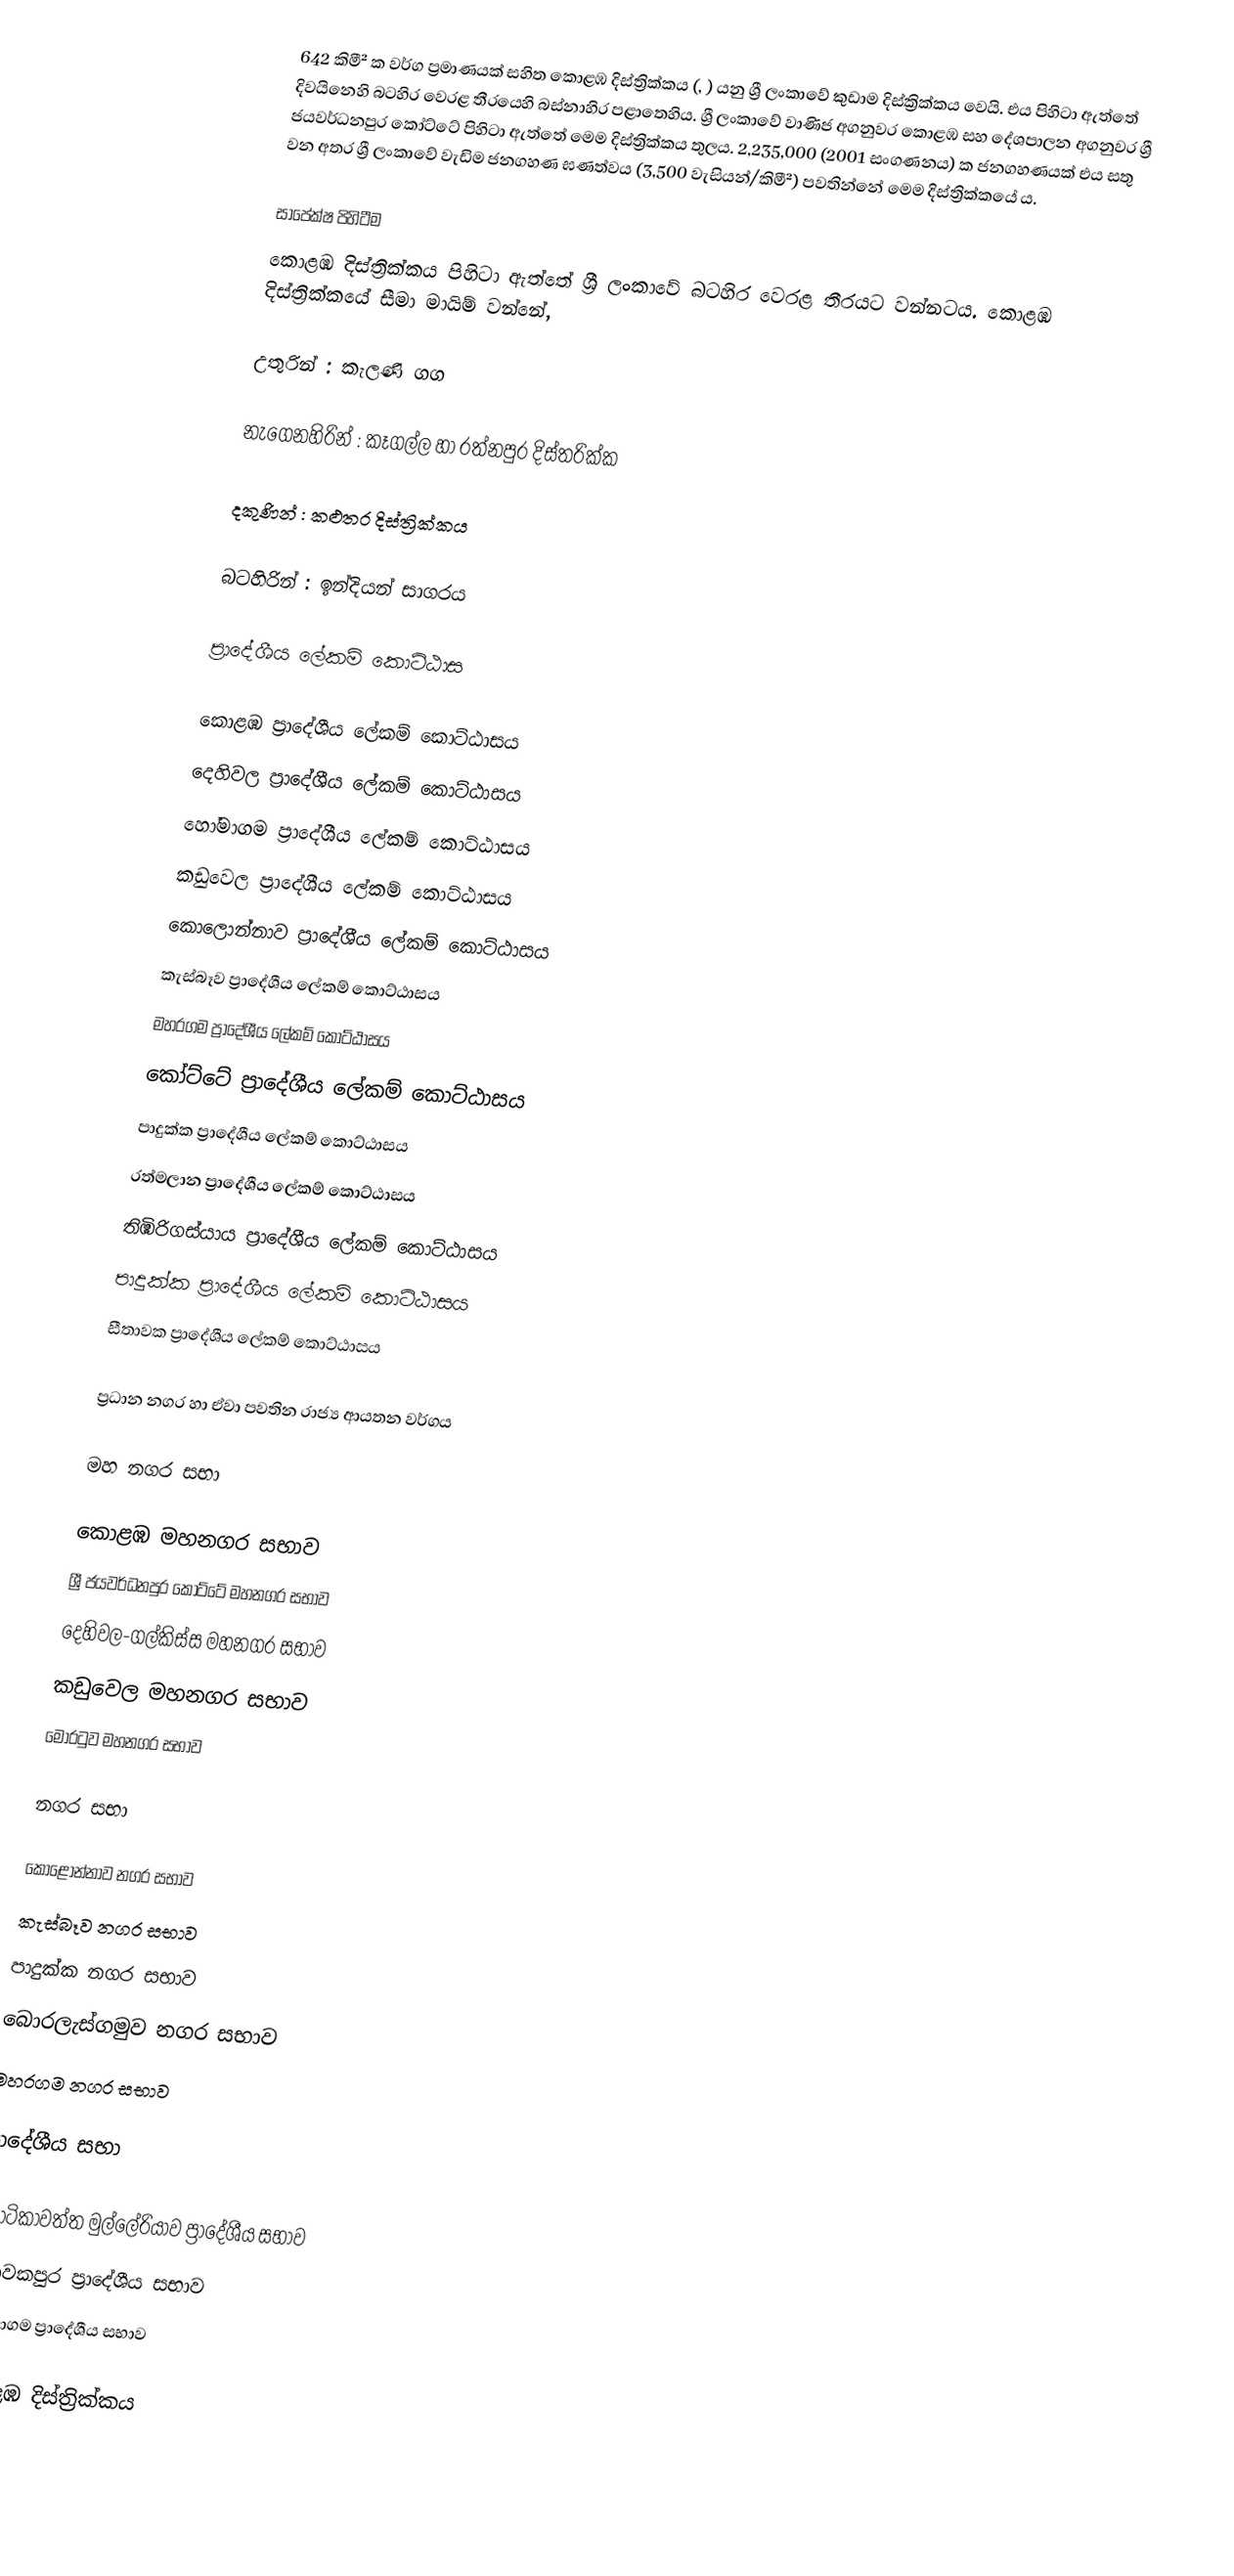
642 කිමී² ක වර්ග ප්‍රමාණයක් සහිත කොළඹ දිස්ත්‍රික්කය (, ) යනු ශ්‍රී ලංකාවේ කුඩාම දිස්ක්‍රික්කය වෙයි. එය පිහිටා ඇත්තේ දිවයිනෙහි බටහිර වෙරළ තීරයෙහි  බස්නාහිර පළාතෙහිය.  ශ්‍රී ලංකාවේ වාණිජ අගනුවර  කොළඹ සහ දේශපාලන අගනුවර ශ්‍රී ජයවර්ධනපුර කෝට්ටේ පිහිටා ඇත්තේ මෙම දිස්ත්‍රික්කය තුලය. 2,235,000 (2001 සංගණනය) ක ජනගහණයක් එය සතු වන අතර ශ්‍රී ලංකාවේ වැඩිම ජනගහණ ඝණත්වය (3,500 වැසියන්/කිමී²) පවතින්නේ මෙම දිස්ත්‍රික්කයේ ය.

සාපේක්ෂ පිහිටීම
කොළඹ දිස්ත්‍රික්කය පිහිටා ඇත්තේ ශ්‍රී ලංකාවේ බටහිර වෙරළ තීරයට වන්නටය. කොළඹ දිස්ත්‍රික්කයේ සීමා මායිම් වන්නේ,

උතුරින් : කැලණි ගග

නැගෙනහිරින් : කෑගල්ල හා රත්නපුර දිස්ත‍්‍රික්ක

දකුණින් : කළුතර දිස්ත්‍රික්කය

බටහිරින් : ඉන්දියන් සාගරය

ප්‍රාදේශීය ලේකම් කොට්ඨාස

කොළඹ ප්‍රාදේශීය ලේකම් කොට්ඨාසය
දෙහිවල ප්‍රාදේශීය ලේකම් කොට්ඨාසය
හෝමාගම ප්‍රාදේශීය ලේකම් කොට්ඨාසය
කඩුවෙල ප්‍රාදේශීය ලේකම් කොට්ඨාසය
කොලොන්නාව ප්‍රාදේශීය ලේකම් කොට්ඨාසය
කැස්බෑව ප්‍රාදේශීය ලේකම් කොට්ඨාසය
මහරගම ප්‍රාදේශීය ලේකම් කොට්ඨාසය
කෝට්ටේ ප්‍රාදේශීය ලේකම් කොට්ඨාසය
පාදුක්ක ප්‍රාදේශීය ලේකම් කොට්ඨාසය
රත්මලාන ප්‍රාදේශීය ලේකම් කොට්ඨාසය
තිඹිරිගස්යාය ප්‍රාදේශීය ලේකම් කොට්ඨාසය
පාදුක්ක ප්‍රාදේශීය ලේකම් කොට්ඨාසය
සීතාවක ප්‍රාදේශීය ලේකම් කොට්ඨාසය

ප්‍රධාන නගර හා ඒවා පවතින රාජ්‍ය ආයතන වර්ගය

මහ නගර සභා

 කොළඹ මහනගර සභාව
 ශ්‍රී ජයවර්ධනපුර කෝට්ටේ මහනගර සභාව
 දෙහිවල-ගල්කිස්ස මහනගර සභාව
 කඩුවෙල මහනගර සභාව
 මොරටුව මහනගර සභාව

නගර සභා

 කොළොන්නාව නගර සභාව
 කැස්බෑව නගර සභාව
 පාදුක්ක නගර සභාව
 බොරලැස්ගමුව නගර සභාව
 මහරගම නගර සභාව

ප්‍රාදේශීය සභා

 කොටිකාවත්ත මුල්ලේරියාව ප්‍රාදේශීය සභාව
 සීතාවකපුර ප්‍රාදේශීය සභාව
 හෝමාගම ප්‍රාදේශීය සභාව

කොළඹ දිස්ත්‍රික්කය